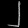
Digit: ၂